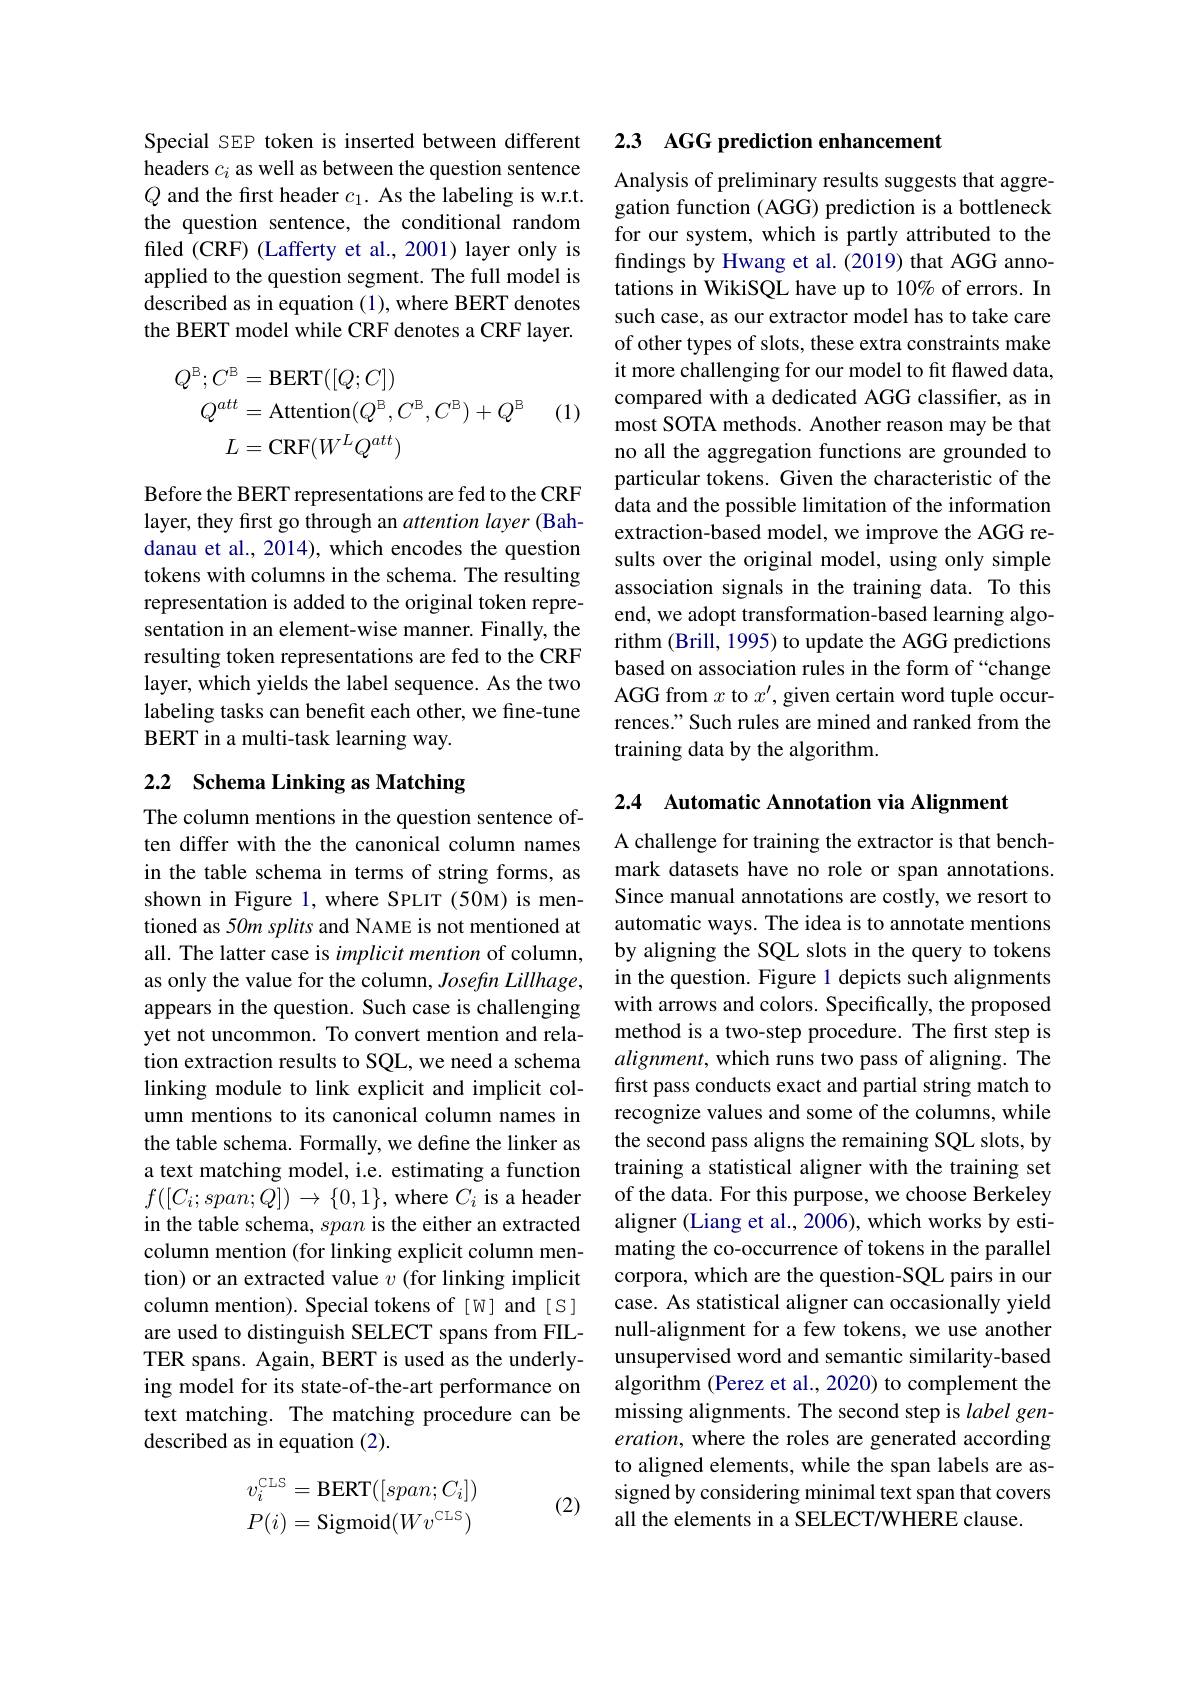
Special SEP token is inserted between different headers $c_i$ as well as between the question sentence $Q$ and the first header $c_1.$ As the labeling is w.r.t. the question sentence, the conditional random filed (CRF) (Lafferty et al., 2001) layer only is applied to the question segment. The full model is described as in equation (1), where BERT denotes the BERT model while CRF denotes a CRF layer.

(1)
$$\begin{aligned}Q^{\mathrm{B}};C^{\mathrm{B}}&=\mathrm{BERT}([Q;C])\\Q^{att}&=\mathrm{Attention}(Q^{\mathrm{B}},C^{\mathrm{B}},C^{\mathrm{B}})+Q^{\mathrm{B}}\\L&=\mathrm{CRF}(W^{L}Q^{att})\end{aligned}$$
Before the BERT representations are fed to the CRF layer, they first go through an attention layer (Bahdanau et al., 2014), which encodes the question tokens with columns in the schema. The resulting representation is added to the original token representation in an element-wise manner. Finally, the resulting token representations are fed to the CRF layer, which yields the label sequence. As the two labeling tasks can benefit each other, we fine-tune BERT in a multi-task learning way.

## 2.2 Schema Linking as Matching

The column mentions in the question sentence often differ with the the canonical column names in the table schema in terms of string forms, as shown in Figure 1, where SPLIT (50M) is mentioned as 50m splits and NAME is not mentioned at all. The latter case is implicit mention of column, as only the value for the column, Josefin Lillhage, appears in the question. Such case is challenging yet not uncommon. To convert mention and relation extraction results to SQL, we need a schema linking module to link explicit and implicit column mentions to its canonical column names in the table schema. Formally, we define the linker as a text matching model, i.e. estimating a function $f([C_i;span;Q])\to\{0,1\}$,where $C_i$ is a header in the table schema, span is the either an extracted column mention (for linking explicit column mention) or an extracted value $v$ (for linking implicit column mention). Special tokens of [W] and [S] are used to distinguish SELECT spans from FILTER spans. Again, BERT is used as the underlying model for its state-of-the-art performance on text matching. The matching procedure can be described as in equation (2).

(2)
$$\begin{aligned}v_i^{\text{CLS}}&=\text{BERT}([span;C_i])\\P(i)&=\text{Sigmoid}(Wv^{\text{CLS}})\end{aligned}$$
## 2.3 AGG prediction enhancement

Analysis of preliminary results suggests that aggregation function (AGG) prediction is a bottleneck for our system, which is partly attributed to the findings by Hwang et al. (2019) that AGG annotations in WikiSQL have up to 10% of errors. In such case, as our extractor model has to take care of other types of slots, these extra constraints make it more challenging for our model to fit flawed data, compared with a dedicated AGG classifier, as in most SOTA methods. Another reason may be that no all the aggregation functions are grounded to particular tokens. Given the characteristic of the data and the possible limitation of the information extraction-based model, we improve the AGG results over the original model, using only simple association signals in the training data. To this end, we adopt transformation-based learning algorithm (Brill, 1995) to update the AGG predictions based on association rules in the form of “change AGG from $x$ to $x^\prime$,given certain word tuple occurrences." Such rules are mined and ranked from the training data by the algorithm.

2.4 Automatic Annotation via Alignment

A challenge for training the extractor is that benchmark datasets have no role or span annotations. Since manual annotations are costly, we resort to automatic ways. The idea is to annotate mentions by aligning the SQL slots in the query to tokens in the question. Figure 1 depicts such alignments with arrows and colors. Specifically, the proposed method is a two-step procedure. The first step is $alignment$, which runs two pass of aligning. The first pass conducts exact and partial string match to recognize values and some of the columns, while the second pass aligns the remaining SQL slots, by training a statistical aligner with the training set of the data. For this purpose, we choose Berkeley aligner (Liang et al., 2006), which works by estimating the co-occurrence of tokens in the parallel corpora, which are the question-SQL pairs in our case. As statistical aligner can occasionally yield null-alignment for a few tokens, we use another unsupervised word and semantic similarity-based algorithm (Perez et al., 2020) to complement the missing alignments. The second step is label generation, where the roles are generated according to aligned elements, while the span labels are assigned by considering minimal text span that covers all the elements in a SELECT/WHERE clause.